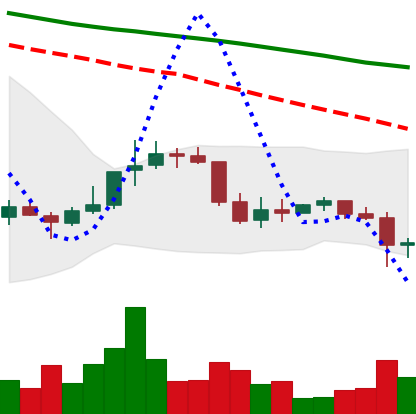
Ticker: DOGE-USD
Chart end date: 2022-01-06
Forward return: -4.253%
Label: down_3_5